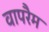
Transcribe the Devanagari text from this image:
वापरैम